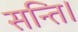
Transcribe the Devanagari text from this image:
सन्ति।